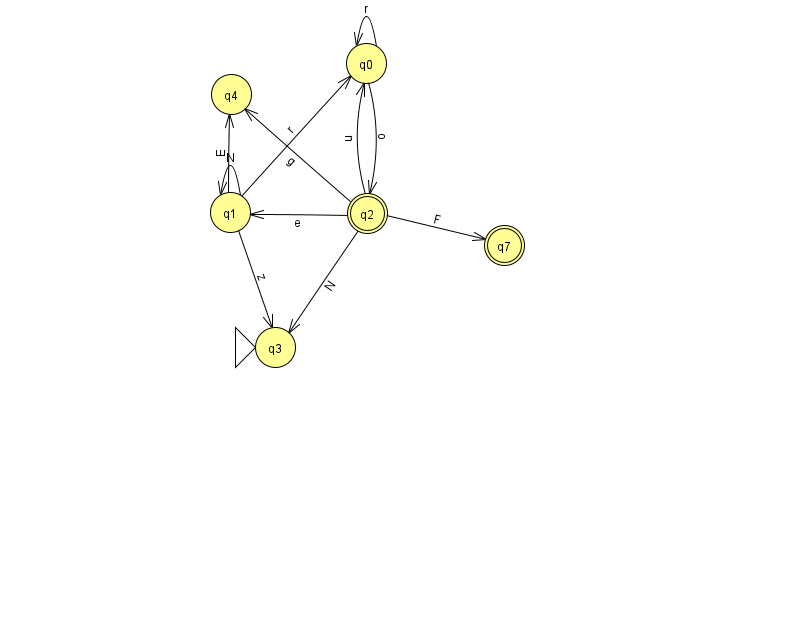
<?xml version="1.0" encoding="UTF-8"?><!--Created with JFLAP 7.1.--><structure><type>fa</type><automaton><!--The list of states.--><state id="0" name="q0"><x>366.0</x><y>50.0</y></state><state id="1" name="q1"><x>230.0</x><y>199.0</y></state><state id="2" name="q2"><x>367.0</x><y>200.0</y><final/></state><state id="3" name="q3"><x>275.0</x><y>334.0</y><initial/></state><state id="4" name="q4"><x>231.0</x><y>81.0</y></state><state id="7" name="q7"><x>504.0</x><y>232.0</y><final/></state><!--The list of transitions.--><transition><from>2</from><to>3</to><read>N</read></transition><transition><from>0</from><to>0</to><read>r</read></transition><transition><from>0</from><to>2</to><read>o</read></transition><transition><from>2</from><to>0</to><read>n</read></transition><transition><from>2</from><to>1</to><read>e</read></transition><transition><from>1</from><to>3</to><read>z</read></transition><transition><from>1</from><to>0</to><read>r</read></transition><transition><from>1</from><to>4</to><read>E</read></transition><transition><from>2</from><to>4</to><read>g</read></transition><transition><from>2</from><to>7</to><read>F</read></transition><transition><from>1</from><to>1</to><read>N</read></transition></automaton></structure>